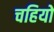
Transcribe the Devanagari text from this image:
चहियो